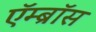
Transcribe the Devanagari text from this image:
ऍम्ब्रॉस